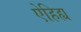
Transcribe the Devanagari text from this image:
ऐहिह्य